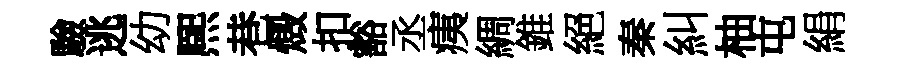
驗逃幼熈巷燬扣豁丞痍綢錐絕秦糾柚屯絹